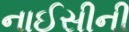
નાઈસીની